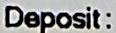
DEPOSIT: